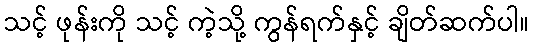
သင့် ဖုန်းကို သင့် ကဲ့သို့ ကွန်ရက်နှင့် ချိတ်ဆက်ပါ။